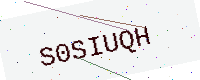
Text: S0SIUQH